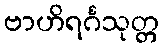
ဗာဟိရင်္ဂသုတ္တ